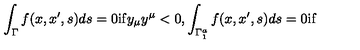
\int _ { \Gamma } f ( x , x ^ { \prime } , s ) d s = 0 \mathrm { i f } y _ { \mu } y ^ { \mu } < 0 , \int _ { \Gamma _ { 1 } ^ { a } } f ( x , x ^ { \prime } , s ) d s = 0 \mathrm { i f }